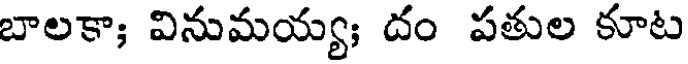
బాలకా; వినుమయ్య; దం పతుల కూట